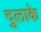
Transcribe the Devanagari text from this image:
दुलाके